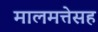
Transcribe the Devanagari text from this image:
मालमत्तेसह